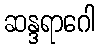
ဆန္ဒရာဂေါ